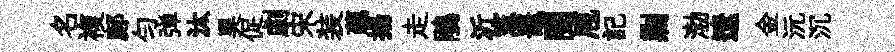
名複鄜匀弹汰昊促劇宋装蘤揚走鵑沂憲鼉閱庖記剿渤遼金沅沉